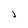
Character: l